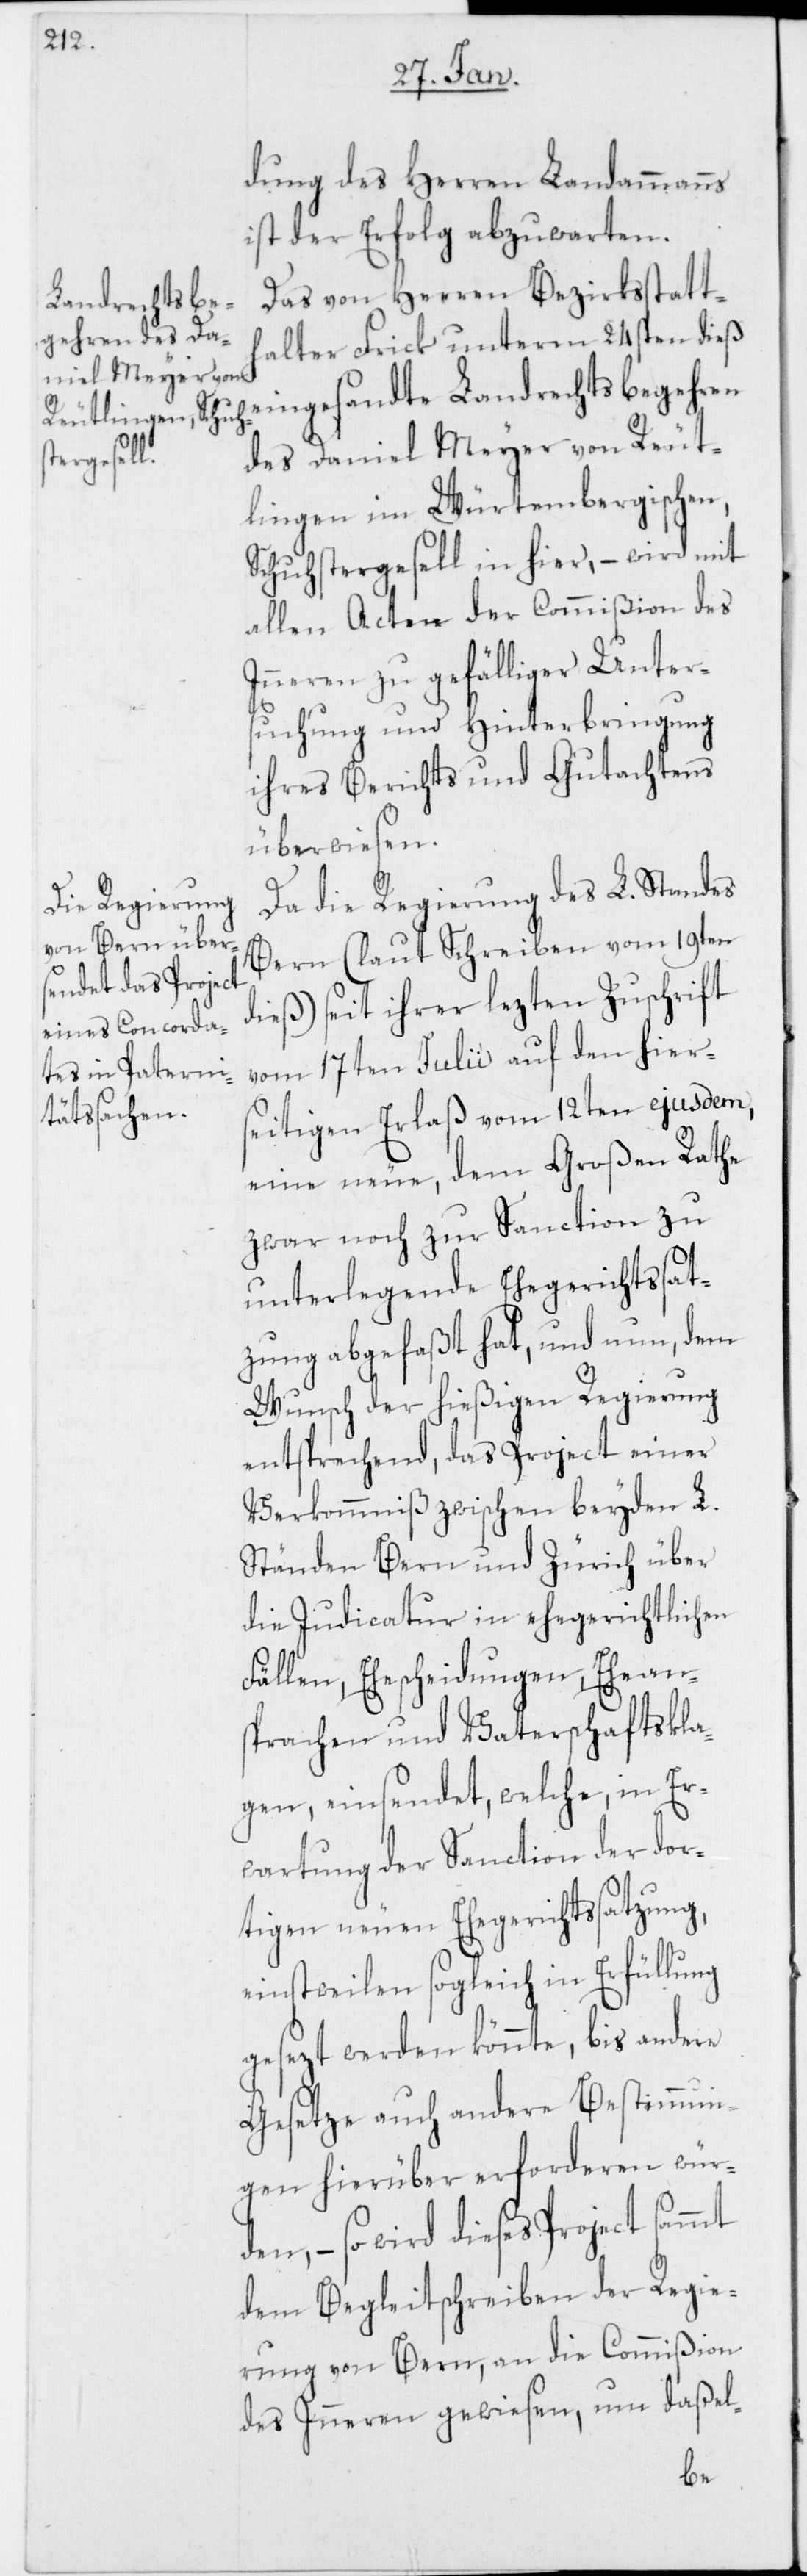
dung des Herren Landammanns
ist der Erfolg abzuwarten.
Das von Herren Bezirksstatt¬
halter Frick unterm 24sten dieß
eingesandte Landrechtsbegehren
des Daniel Meyer von Reut¬
lingen im Würtembergischen,
Schuhstergesell in hier, – wird mit
allen Acten der Commißion des
Inneren zu gefälliger Unter¬
suchung und Hinterbringung
ihres Berichts und Gutachtens
überwiesen.
Da die Regierung des L. Standes
Bern (laut Schreiben vom 19ten
dies) seit ihrer lezten Zuschrift
vom 17ten Julii auf den hiers¬
eitigen Erlaß vom 12ten ejusdem,
eine neue, dem Großen Rathe
zwar noch zur Sanction zu
unterlegende Ehegerichtssat¬
zung abgefaßt hat, und nun, dem
Wunsch der hießigen Regierung
entsprechend, das Project einer
Verkommniß zwischen beyden L.
Ständen Bern und Zürich über
die Judicatur in ehegerichtlichen
Fällen, Ehescheidungen, Ehean¬
sprachen und Vaterschaftskla¬
gen einsendet, welche, in Er¬
wartung der Sanction der dor¬
tigen neuen Ehegerichtssatzung,
einstweilen sogleich in Erfüllung
gesezt werden könnte, bis andere
Gesetze auch andere Bestimmun¬
gen hierüber erforderen würd¬
en, – so wird dieses Project sammt
dem Begleitschreiben der Regie¬
rung von Bern, an die Commißion
des Inneren gewiesen, um daßel-